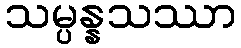
သမ္ပန္နသဿာ